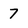
Character: 7